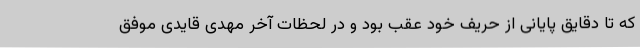
که تا دقایق پایانی از حریف خود عقب بود و در لحظات آخر مهدی قایدی موفق